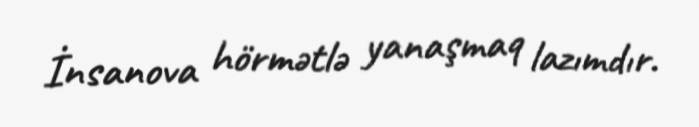
İnsanova hörmətlə yanaşmaq lazımdır.